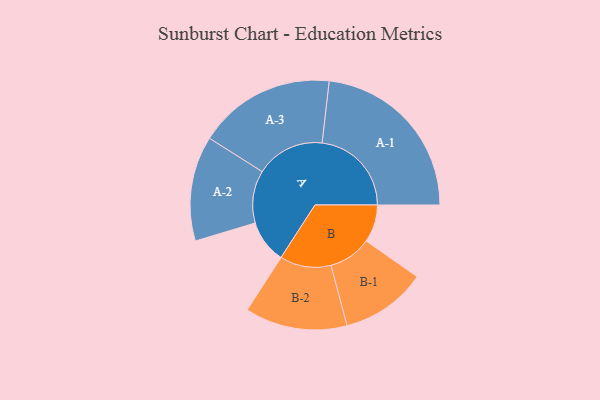
{"axis": {"x": "Segment", "y": "Value"}, "legend": ["", "A", "B"], "data": [{"x": "A", "y": 130, "type": ""}, {"x": "B", "y": 113, "type": ""}, {"x": "A-1", "y": 269, "type": "A"}, {"x": "A-2", "y": 158, "type": "A"}, {"x": "A-3", "y": 207, "type": "A"}, {"x": "B-1", "y": 129, "type": "B"}, {"x": "B-2", "y": 154, "type": "B"}]}